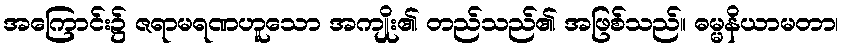
အကြောင်း၌ ဇရာမရဏဟူသော အကျိုး၏ တည်သည်၏ အဖြစ်သည်။ ဓမ္မနိယာမတာ၊